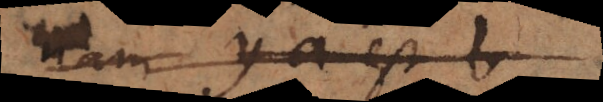
nam ya est b,